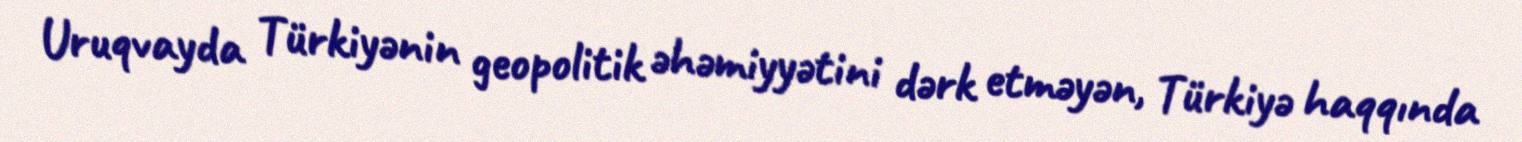
Uruqvayda Türkiyənin geopolitik əhəmiyyətini dərk etməyən, Türkiyə haqqında